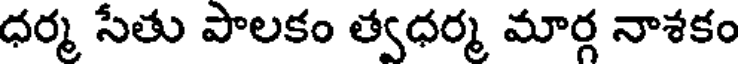
ధర్మ సేతు పొలకం త్వధర్మ మార్గ నాశకం